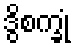
ဒွိစက္ခုံ